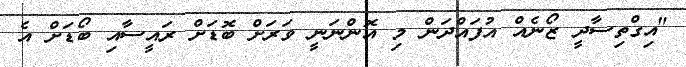
"އިގްތިސާދީ ޒޯނެއް އުފައްދަން މި އޮންނަނީ ވަރަށް ބޮޑަށް ރައީސާއި ބޯޑަށް އެ